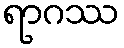
ရာဂဿ